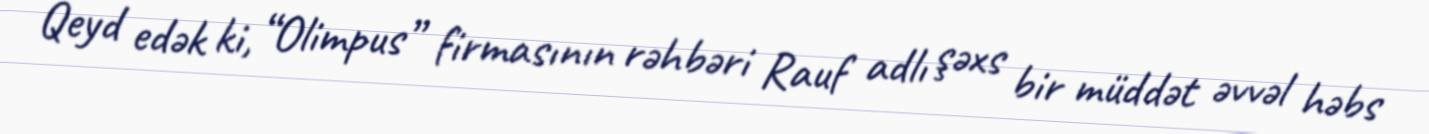
Qeyd edək ki, “Olimpus” firmasının rəhbəri Rauf adlı şəxs bir müddət əvvəl həbs